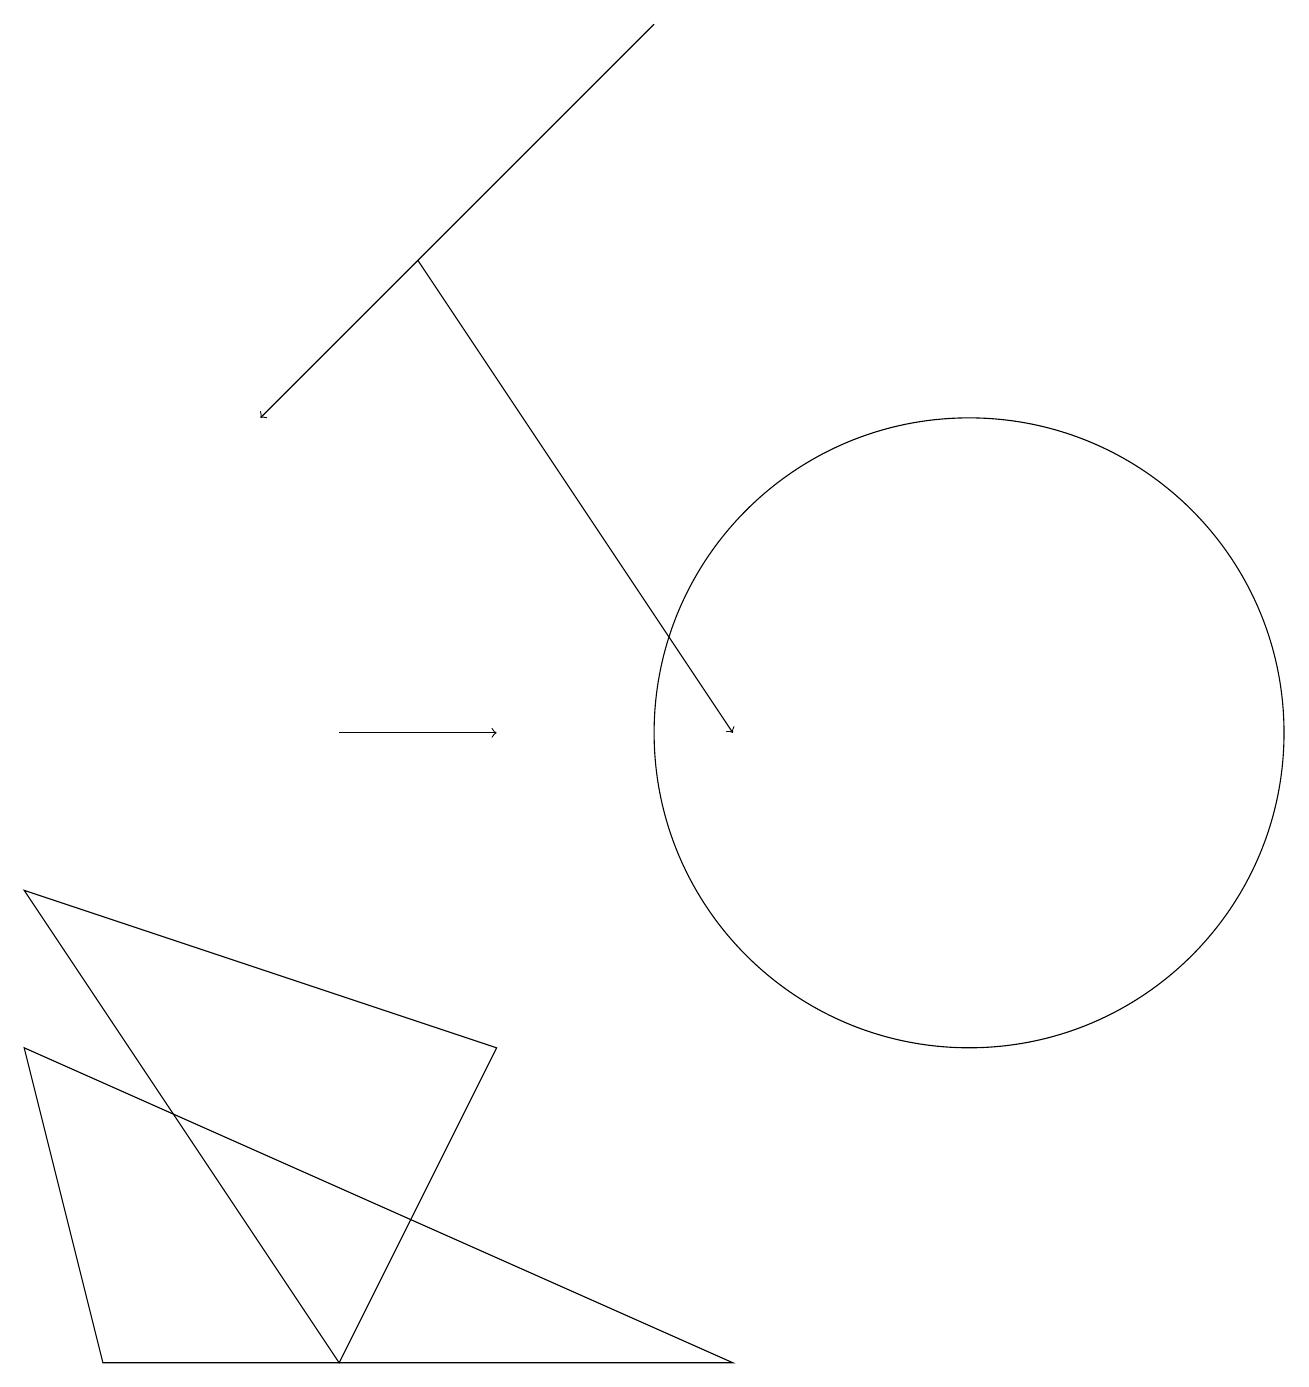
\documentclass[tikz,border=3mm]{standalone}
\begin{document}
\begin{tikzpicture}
\draw[->] (8,19) -- (3,14);
\draw[->] (5,16) -- (9,10);
\draw (4,2) -- (6,6) -- (0,8) -- cycle;
\draw[->] (4,10) -- (6,10);
\draw (1,2) -- (9,2) -- (0,6) -- cycle;
\draw (12,10) circle (4);
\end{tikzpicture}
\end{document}